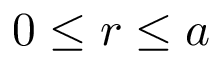
0 \leq r \leq a